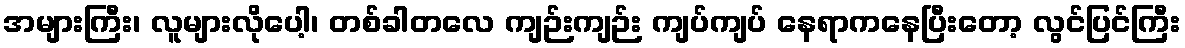
အများကြီး၊ လူများလိုပေါ့၊ တစ်ခါတလေ ကျဉ်းကျဉ်း ကျပ်ကျပ် နေရာကနေပြီးတော့ လွင်ပြင်ကြီး